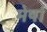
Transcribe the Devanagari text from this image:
मेर्षा